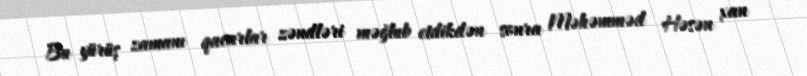
Bu yürüş zamanı qacarlar zəndləri məğlub etdikdən sonra Məhəmməd Həsən xan